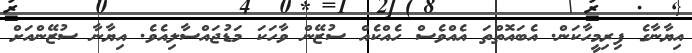
އިޔާނާގެ ފިރިމީހާކަން. އެބައޮތްތަ އެއްވެސް ހެއްކެއް ސުޒޭން ވާހަކަ މަޑުޖައްސާލިއެވެ. އިޔާނާ ސުޒޭންއަށް